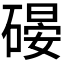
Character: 𱴪